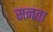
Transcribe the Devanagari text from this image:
सनता